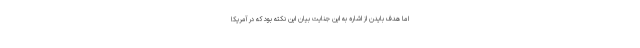
اما هدف بایدن از اشاره به این جنایت بیان این نکته بود که در آمریکا